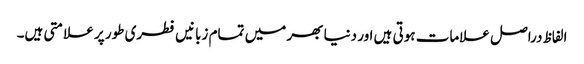
الفاظ دراصل علامات ہوتی ہیں اور دنیا بھر میں تمام زبانیں فطری طور پر علامتی ہیں۔